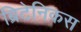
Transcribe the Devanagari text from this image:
ब्रिटेनिकस